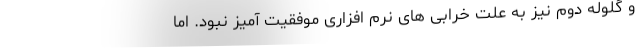
و گلوله دوم نیز به علت خرابی های نرم افزاری موفقیت آمیز نبود. اما